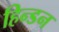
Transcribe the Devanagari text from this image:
हिन्‍डन